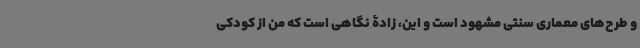
و طرح‌های معماری سنتی مشهود است و این، زادۀ نگاهی است که من از کودکی